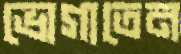
ভোগাতেন